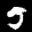
Label: 5